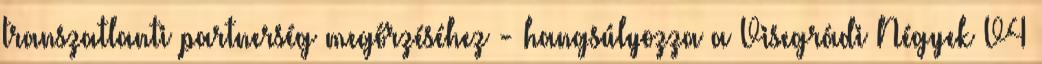
transzatlanti partnerség megőrzéséhez - hangsúlyozza a Visegrádi Négyek V4